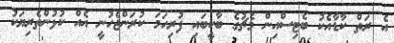
އެ ރަތް ކާޑާއެކު ބެޓިސްއިން މެޗުގެ ބާކީބައި ފުރިހަމަ ކުރަންޖެހުނީ އެއް ކުޅުންތެރިޔަކު